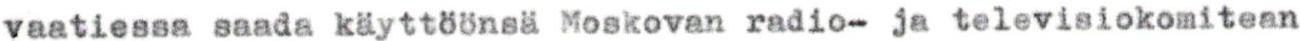
vaatiessa saada käyttöönsä Moskovan radio- ja televisiokomitean